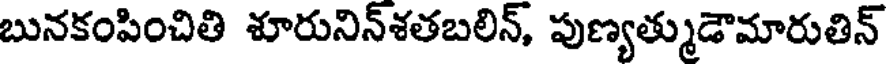
బునకంపించితి శూరునిన్శతబలిన్, పుణ్యత్ముడౌమారుతిన్